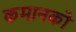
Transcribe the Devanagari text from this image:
कमानको